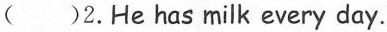
()2.He has milk every day.